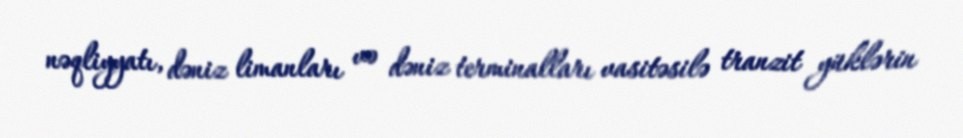
nəqliyyatı, dəniz limanları və dəniz terminalları vasitəsilə tranzit yüklərin